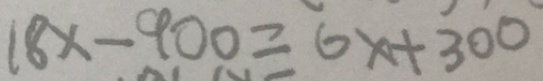
1 8 x - 9 0 0 = 6 x + 3 0 0